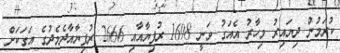
ކުރަމުން ދިޔައިރު މިހާރު އެއަގު ވަނީ 1698 ރުފިޔާއާއި 2666 ރުފިޔާއާދެމެދުގެ އަގަކަށް